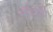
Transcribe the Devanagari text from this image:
नॉलसी